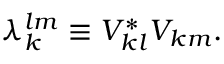
\lambda _ { k } ^ { l m } \equiv V _ { k l } ^ { * } V _ { k m } .